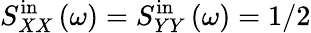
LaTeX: S_{XX}^{\mathrm{in}}\left(\omega\right)=S_{YY}^{\mathrm{in}}\left(\omega\right)=1/2